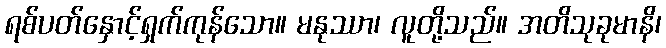
ရစ်ပတ်နှောင့်ရှက်ကုန်သော။ မနုဿာ၊ လူတို့သည်။ အတိသုခုမာနိ၊